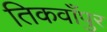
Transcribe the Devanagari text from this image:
तिकवाँपुर